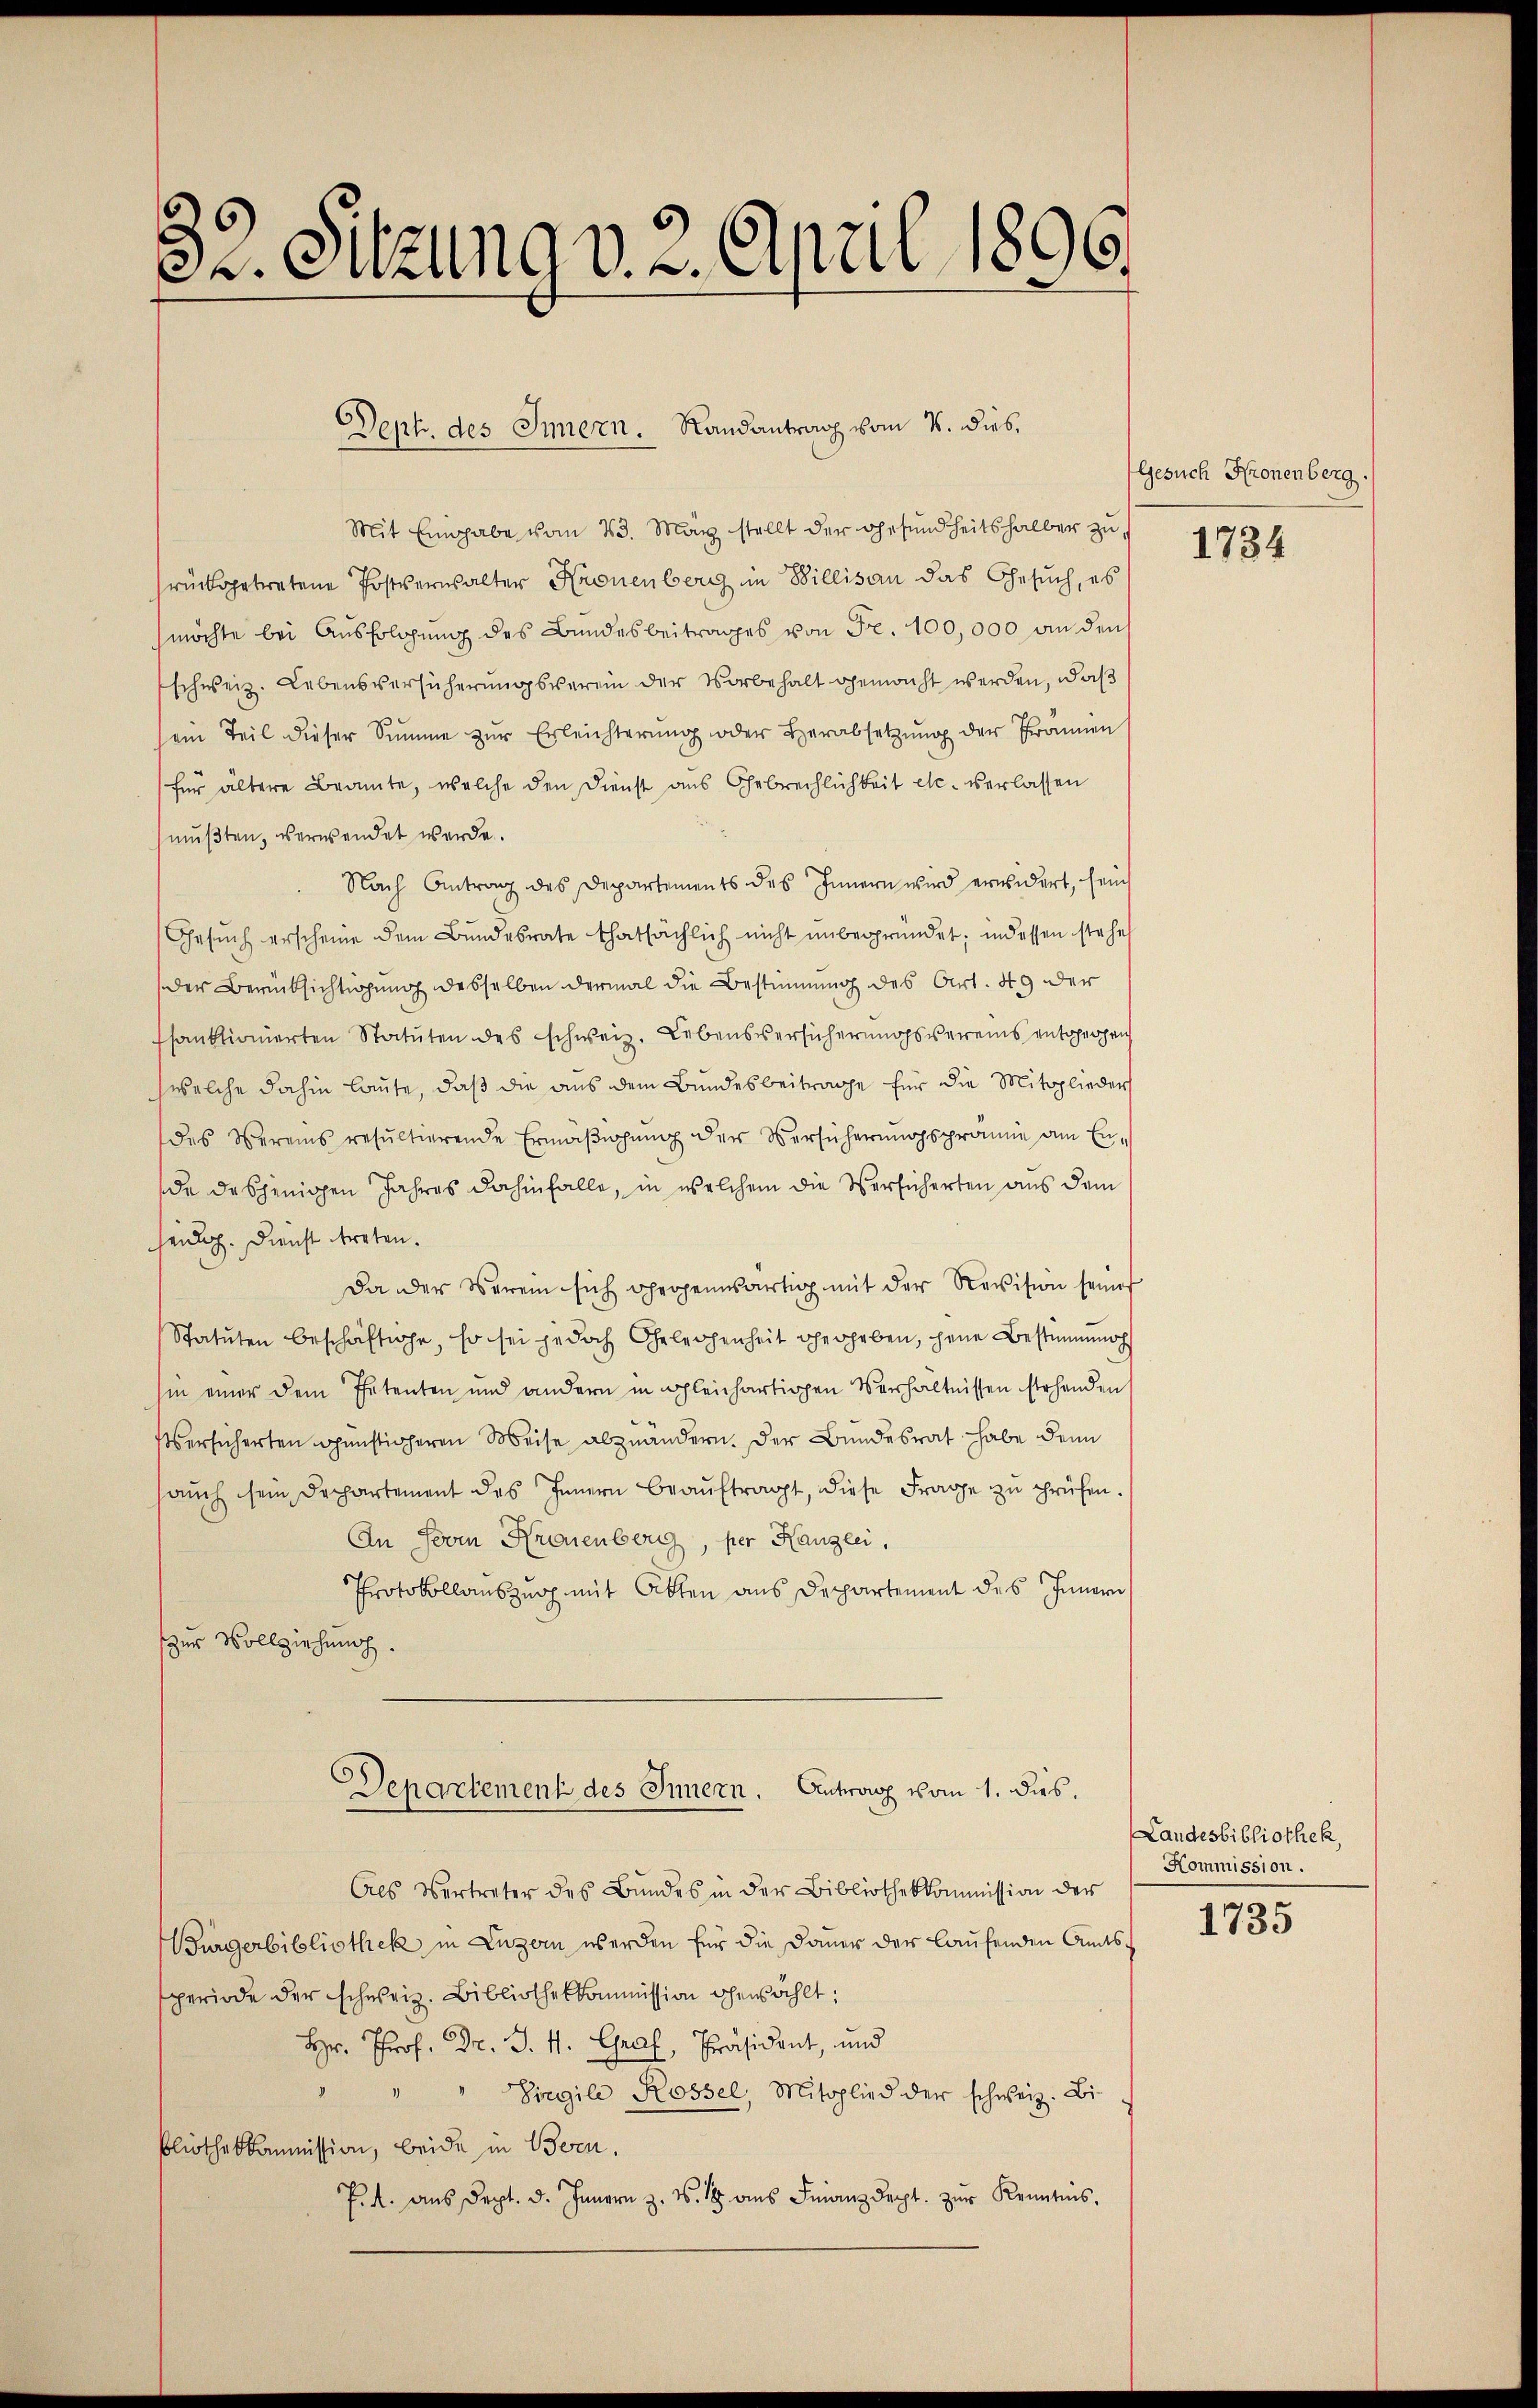
Dr. Sitzung v. 2. April 1896.

Dept. des Innern. Randantrag vom 4. Dieb.

Mit Eingabe vom 23. März stellt der Gesundheitshalber zurückgetretene Postversalter Kronenberg in Billisau das Gesuch, es
möchte bei Ausfolgung des Bundesbeitrages von Fr. 100,000 an den
schweiz. Lebensversicherungsverein der Vorbehalt gemacht werden, daß
sein Teil dieser Summe zŭr Erleichterŭng oder Herabsetzŭng der Frannen
für ältere Beamte, welche den Dienst aus Gebrechlichkeit etc. verlassen
mußten, verwendet werde.
Nach Antrag des Departements des Innern wird erwidert, sein
Gesŭch erscheine dem Bundesrate thatsächlich nicht unbegründet; indessen stehe
der Berücksichtigung desselben dermal die Bestimmung des Art. 49 der
sanktionierten Statuten des schweiz. Lebensversicherungsvereins entgegen
welche dahin laute, daß die aus dem Bundesbeitrage für die Mitglieder
des Vereins resultierende Ermäβigŭng der Versicherungsprämie am Ende desjenigen Jahres dahinfalle, in welchem die Versicherten aus dem
seidlich. Dienst treten.
Da der Verein sich gegenwärtig mit der Revision seines
Statuten beschäftige, so sei jedoch Gelegenheit hergeben, jene Bestimmungs
hin einer dem Petenten und andern in gleichartigen Verhältnissen stehenden
ersicherten günsticheren Weise abzuändern. Der Bundesrat habe denn
saŭch sein Dechartement des Innern beaŭftragt, diese Frage zŭ prüfen.
An Form Kronenberg, per Kanzlei,
Protokollauszug mit Otten aus Departement des Innern
zur Vollziehung
Departement des Innern. Antra vom 1. dies.
Als Vertreter des Bundes in der Bibliothekkommission der
Bürgerbibliothek in Luzern werden für die Dauer der laufenden Amtsperiode der schweiz. Bibliothekkommission ohenzählt:
Hr. Prof. Dr. J. H. Graf, Präsident, und
" " Siegile Rossel, Mitglied der schweiz. Bi
bliothekkommission, beide in Bern,
P. A. aus Sept. d. Innern z. v. 18 ans Finanzdept. zŭr Kenntnis,

Gesuch Kronenberg.

1734

Landesbibliothek,
Kommission.

1735